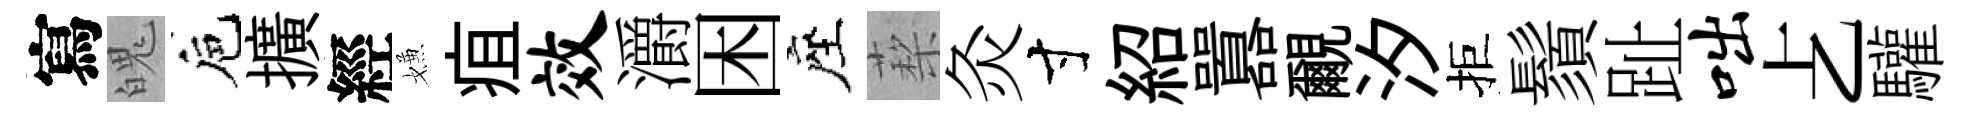
寫魄巵擴經嫌疽效灂困座蔾灸寸紹囂覼汐拒鬚趾咄𠧒驩